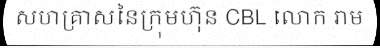
សហគ្រាសនៃក្រុមហ៊ុន CBL លោក រាម